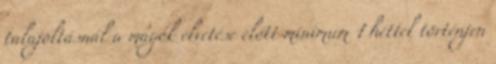
talajoltásnál a magok elvetése előtt minimum 1 héttel történjen